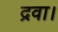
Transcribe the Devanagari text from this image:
द्रवा।